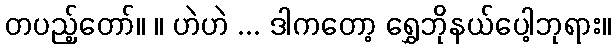
တပည့်တော်။ ။ ဟဲဟဲ ... ဒါကတော့ ရွှေဘိုနယ်ပေါ့ဘုရား။